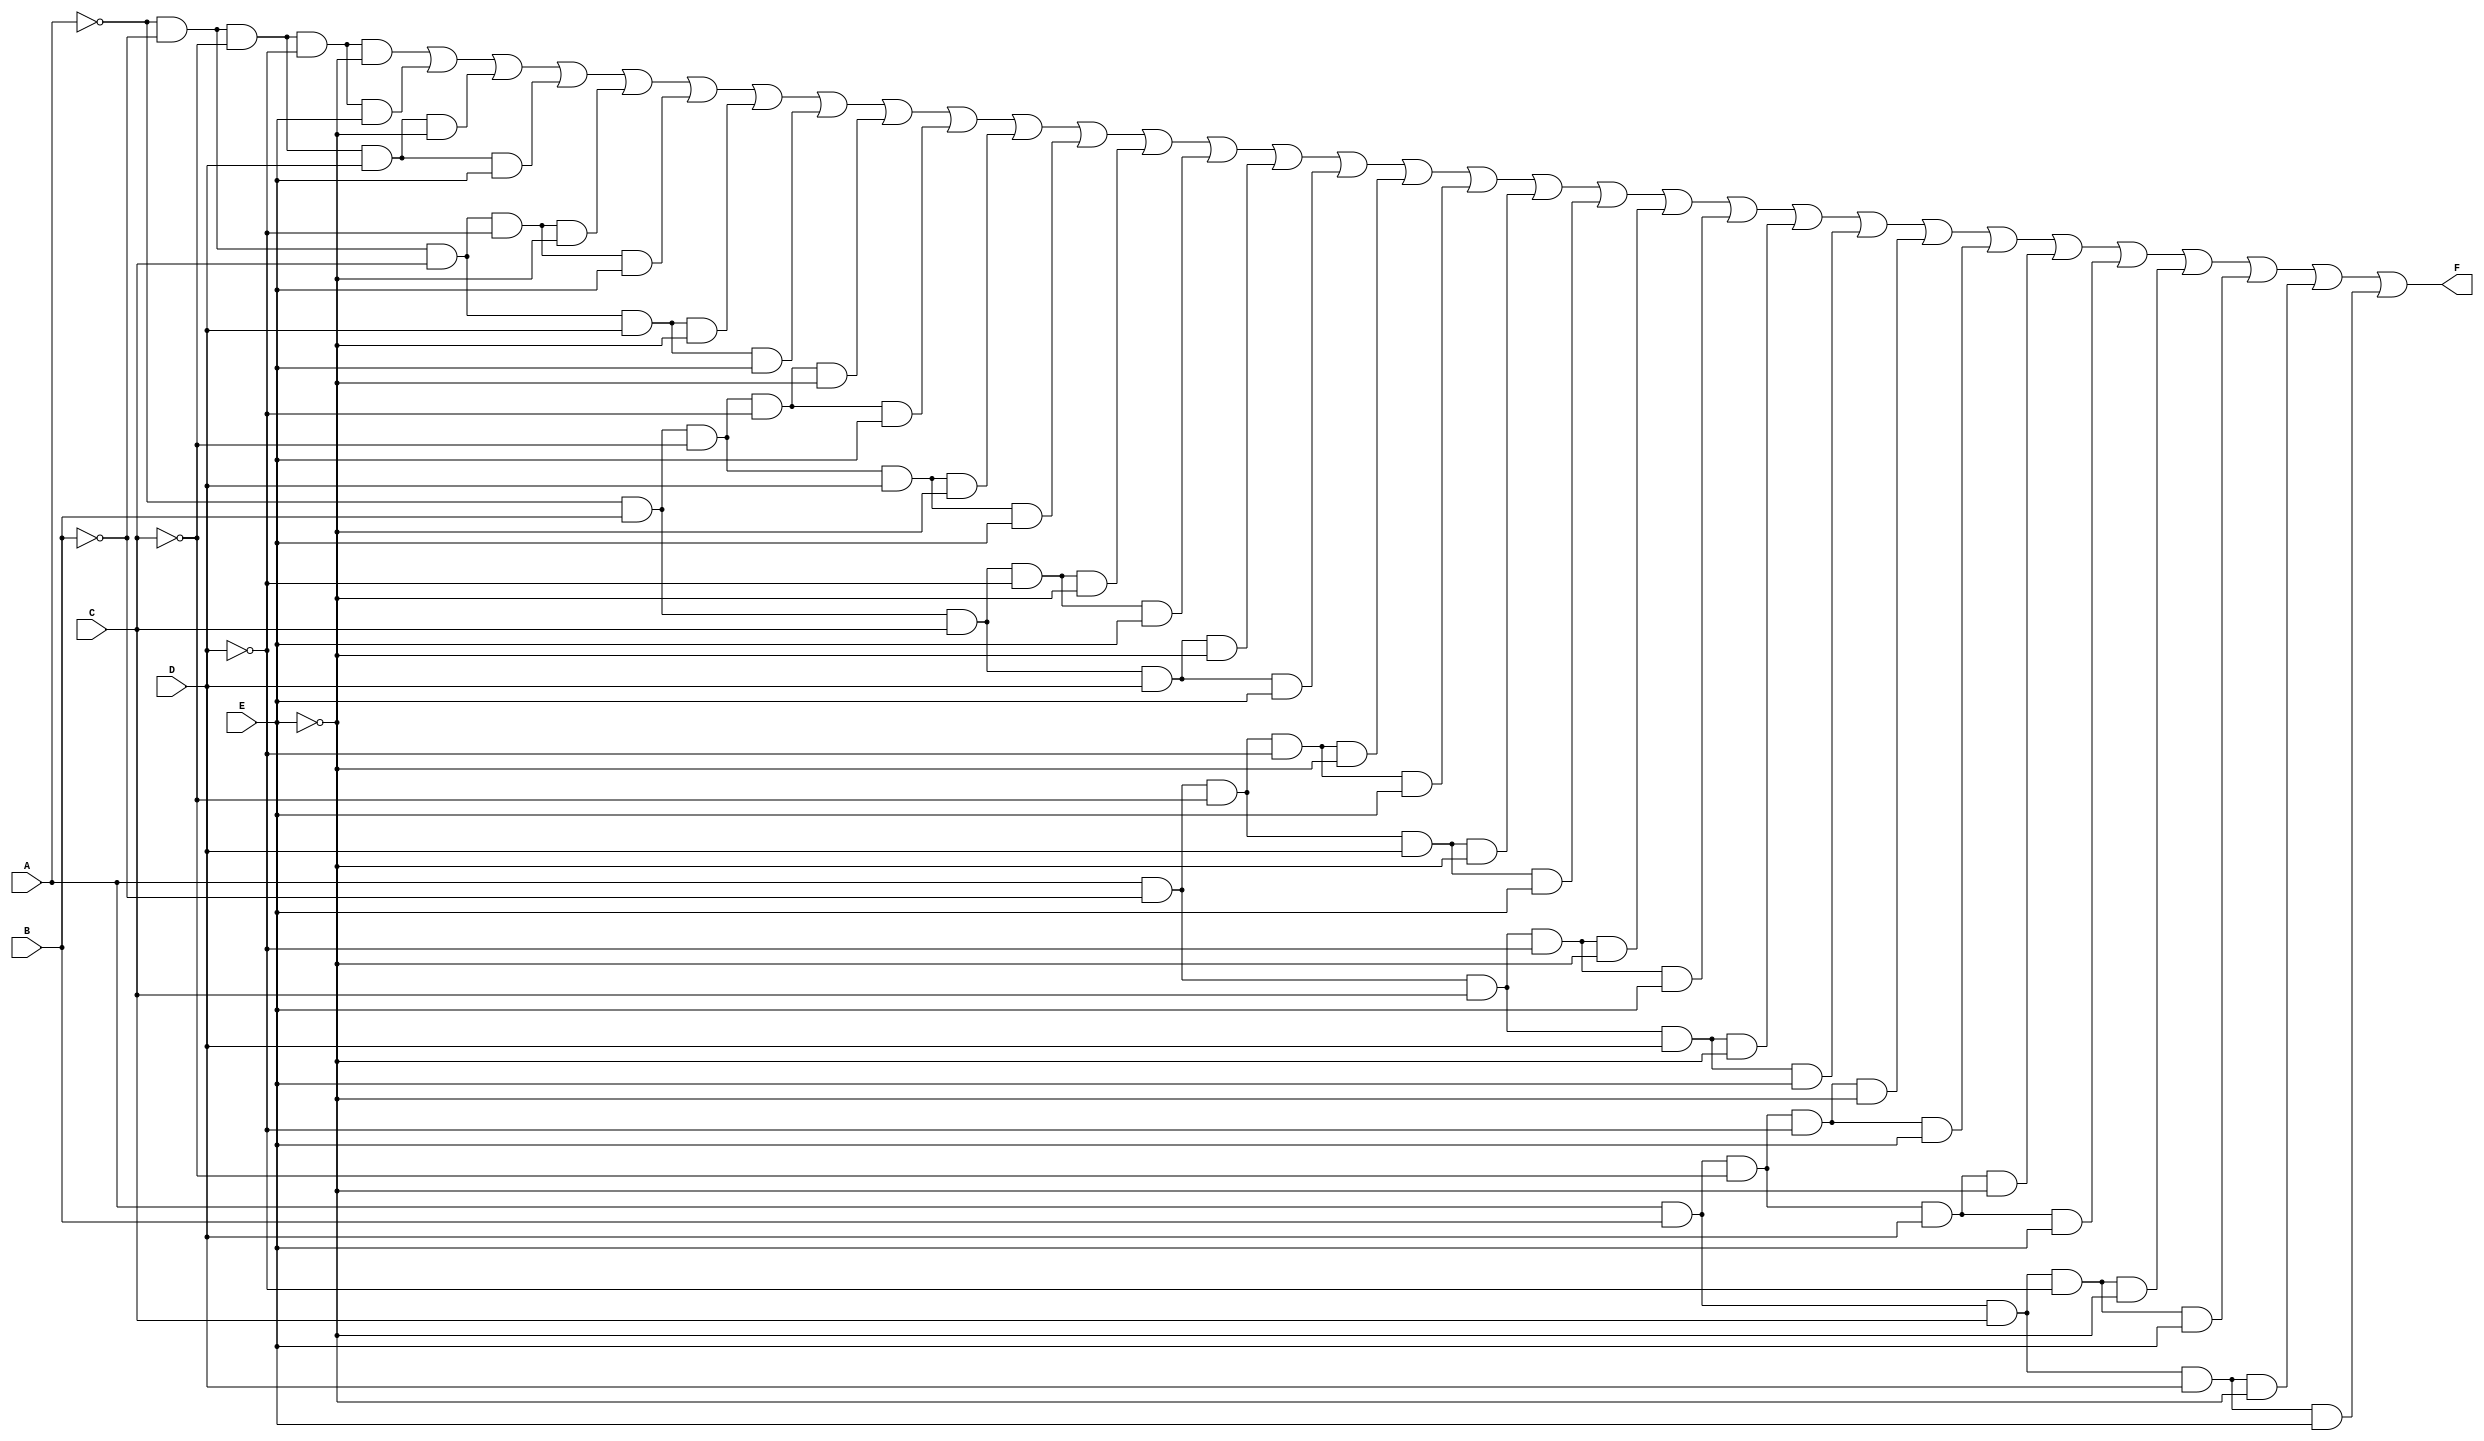
module five_variable_kmap (
    input wire A, // First variable
    input wire B, // Second variable
    input wire C, // Third variable
    input wire D, // Fourth variable
    input wire E, // Fifth variable
    output wire F // Output based on K-map simplification
);

// Internal signal to represent the K-map
wire [31:0] kmap;

// Generate K-map based on the combinations of inputs
assign kmap[0]  = ~A & ~B & ~C & ~D & ~E; // m0
assign kmap[1]  = ~A & ~B & ~C & ~D & E;  // m1
assign kmap[2]  = ~A & ~B & ~C & D & ~E;  // m2
assign kmap[3]  = ~A & ~B & ~C & D & E;   // m3
assign kmap[4]  = ~A & ~B & C & ~D & ~E;   // m4
assign kmap[5]  = ~A & ~B & C & ~D & E;    // m5
assign kmap[6]  = ~A & ~B & C & D & ~E;    // m6
assign kmap[7]  = ~A & ~B & C & D & E;     // m7
assign kmap[8]  = ~A & B & ~C & ~D & ~E;   // m8
assign kmap[9]  = ~A & B & ~C & ~D & E;    // m9
assign kmap[10] = ~A & B & ~C & D & ~E;    // m10
assign kmap[11] = ~A & B & ~C & D & E;     // m11
assign kmap[12] = ~A & B & C & ~D & ~E;    // m12
assign kmap[13] = ~A & B & C & ~D & E;     // m13
assign kmap[14] = ~A & B & C & D & ~E;     // m14
assign kmap[15] = ~A & B & C & D & E;      // m15
assign kmap[16] = A & ~B & ~C & ~D & ~E;   // m16
assign kmap[17] = A & ~B & ~C & ~D & E;    // m17
assign kmap[18] = A & ~B & ~C & D & ~E;    // m18
assign kmap[19] = A & ~B & ~C & D & E;     // m19
assign kmap[20] = A & ~B & C & ~D & ~E;    // m20
assign kmap[21] = A & ~B & C & ~D & E;     // m21
assign kmap[22] = A & ~B & C & D & ~E;     // m22
assign kmap[23] = A & ~B & C & D & E;      // m23
assign kmap[24] = A & B & ~C & ~D & ~E;    // m24
assign kmap[25] = A & B & ~C & ~D & E;     // m25
assign kmap[26] = A & B & ~C & D & ~E;     // m26
assign kmap[27] = A & B & ~C & D & E;      // m27
assign kmap[28] = A & B & C & ~D & ~E;     // m28
assign kmap[29] = A & B & C & ~D & E;      // m29
assign kmap[30] = A & B & C & D & ~E;      // m30
assign kmap[31] = A & B & C & D & E;       // m31

// Output logic for F based on K-map grouping
assign F = kmap[0] | kmap[1] | kmap[2] | kmap[3] | kmap[4] | kmap[5] | kmap[6] | kmap[7] |
           kmap[8] | kmap[9] | kmap[10] | kmap[11] | kmap[12] | kmap[13] | kmap[14] | kmap[15] |
           kmap[16] | kmap[17] | kmap[18] | kmap[19] | kmap[20] | kmap[21] | kmap[22] | kmap[23] |
           kmap[24] | kmap[25] | kmap[26] | kmap[27] | kmap[28] | kmap[29] | kmap[30] | kmap[31]; 

endmodule